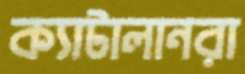
ক্যাটালানরা